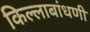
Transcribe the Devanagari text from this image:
किल्लाबांधणी